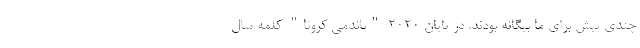
چندی پیش برای ما بیگانه بودند. در پایان ۲۰۲۰ "پاندمی کرونا" کلمه سال